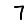
Digit: 7